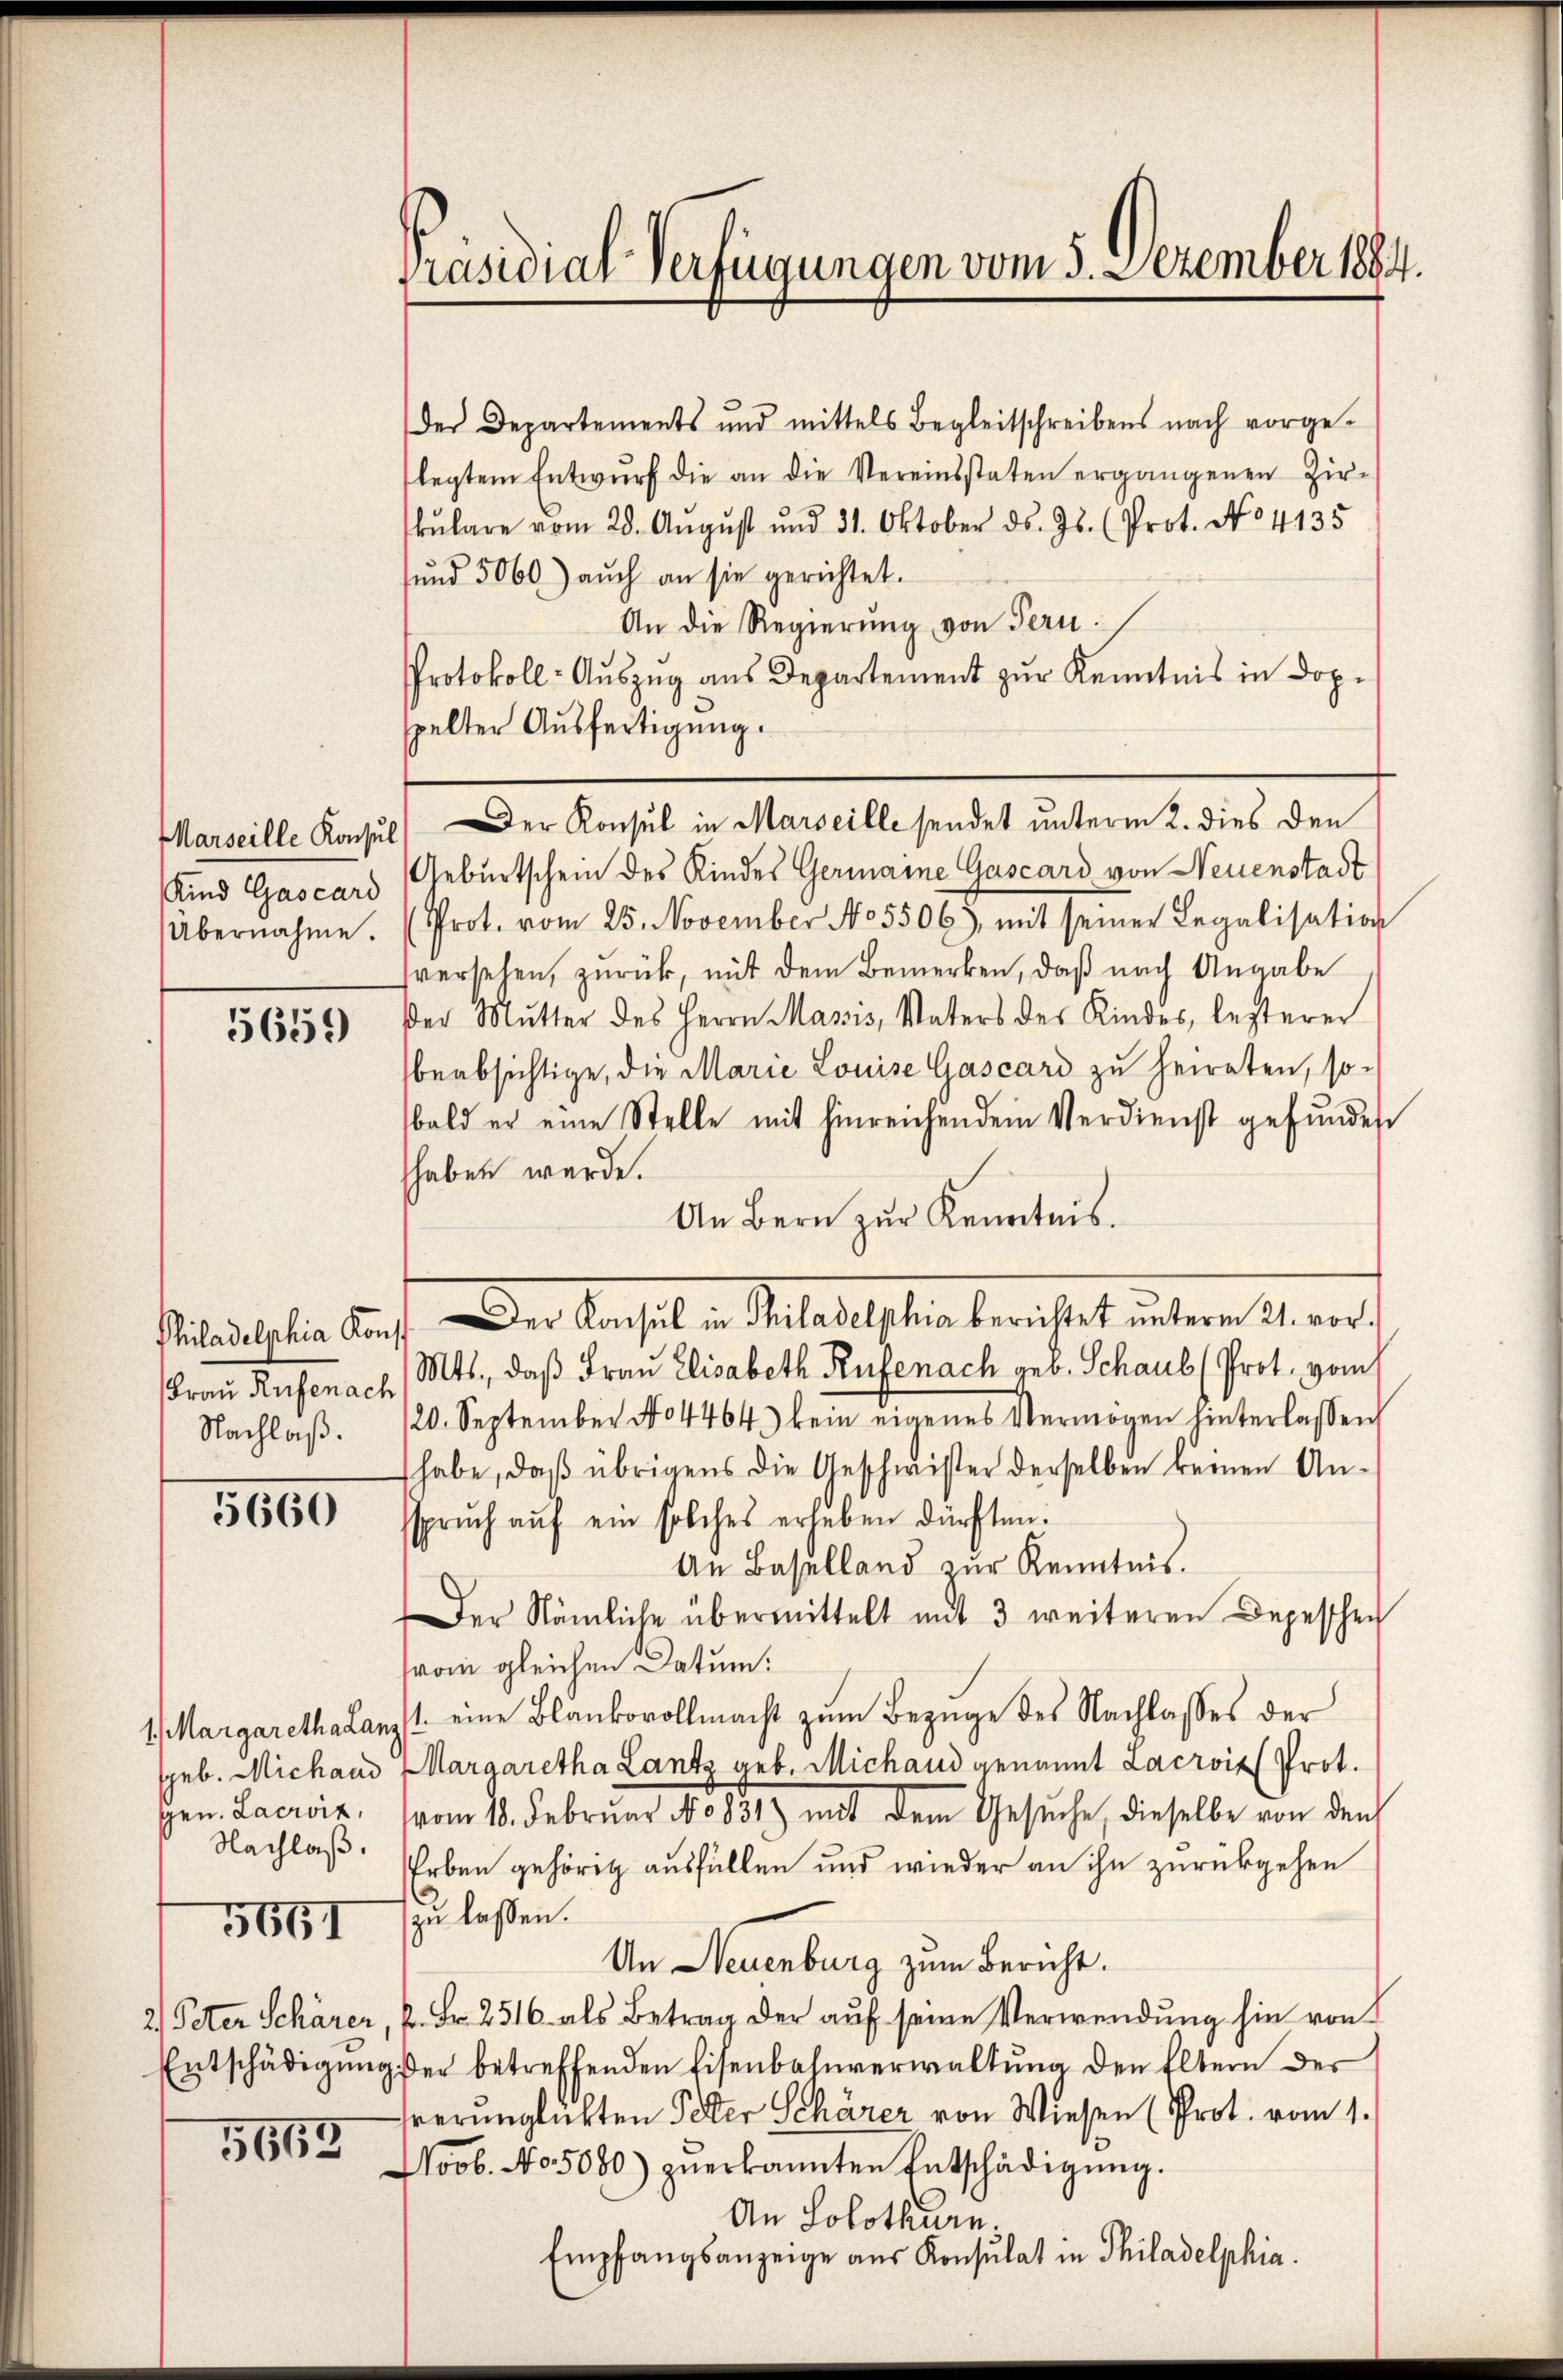
Marseille Konsul
Kind Gascard

5659

Philadelphia Kons
Nachlaß.

5660

gen. Lacroix,
Nachlaß.

5651

5663

Präsidial-Verfügungen vom 5. Dezember 1884.

der Departements und mittels Begleitschreibens nach vorge-
legtem Entwŭrf die an die Vereinsstaten ergangenen Zir-
kŭlare vom 28. Aŭgŭst und 31. Oktober ds. Js. (Prot. No 4135
ŭnd 5060) auch an sie gerichtet.
An die Regierung von Fern
Protokoll-Auszug aus Departement zur Kenntnis in Dopspelter Ausfertigung.
Geburtschein des Kindes Germaine Gascard von Neuenstadt
Übernahme. (Prot. vom 25. November N05506) mit seiner Legalisation
versehen, zurück, mit dem Bemerken, daß nach Angabe
der Mutter des Herrn Massis, Vaters des Kindes, lezterer
beabsichtige, die Marie Louise Gascard zu heiraten, so-
bald er eine Stelle mit hinreichendem Verdienst gefŭndes
haben wurde.
An Bern zur Kenntnis.
Frau Rüfenach Mts., daß Frau Elisabeth Rufe nach geb. Schaus (Prot. vom
/20. September No 4464) kein eigenes Vermögen hinterlassen
habe, daß übrigens die Geschwister derselben keinen Ansspruch auf ein solches erheben dürften.
An Baselland zur Kenntnis.
Der Nämliche übermittelt mit 3 weiteren Depeschen
rom gleichen Datum.
1. Margarethalanzt eine Blankovollmacht zŭm Bezüge des Nachlasses der
Jgeb. Michand Margaretha Lantz geb. Michand genannt Lacrois Prot.
vom 18. Februar No 831) mit dem Gesuche, dieselbe von den
Erben gehörig ausfüllen und wieder an ihn zurückgehen
zu lassen.
An Neuenburg zum Bericht.
2) Peter Schärer, P. Fr. 2516. als Betrag der auf seine Verwendung hin von
Entschädigung der betreffenden Eisenbahnverwaltung den Eltern der
verunglükten Peter Schärer von Wiesen (Prot. vom 1.
Noob. No. 5080) zŭerkannten Entschädigŭng.
An Solothurn.
Empfangsanzeige aus Konsulat in Philadelphia

Der Konsul in Marseille sendet unterm 2. dies den

Der Basel in Stadtschen berichtet unterm 14. er